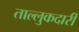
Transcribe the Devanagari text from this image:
ताल्लुकदारी